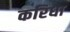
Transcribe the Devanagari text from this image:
करिधा